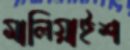
মালিয়াইশ